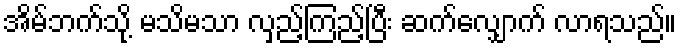
အိမ်ဘက်သို့ မသိမသာ လှည့်ကြည့်ပြီး ဆက်လျှောက် လာရသည်။